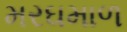
મરઘમાળ